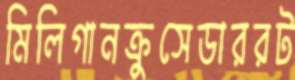
মিলিগানক্রুসেডাররট